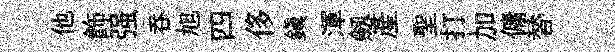
他飾强呑旭四侈鎭渾劔產聖打加傭替